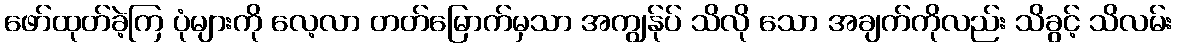
ဖော်ထုတ်ခဲ့ကြ ပုံများကို လေ့လာ တတ်မြောက်မှသာ အကျွန်ုပ် သိလို သော အချက်ကိုလည်း သိခွင့် သိလမ်း